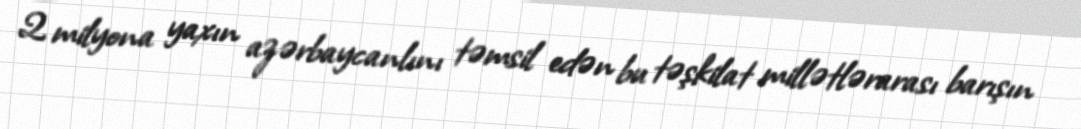
2 milyona yaxın azərbaycanlını təmsil edən bu təşkilat millətlərarası barışın